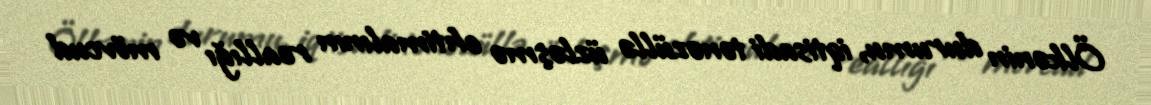
Ölkənin durumu, iqtisadi tənəzüllə üzləşmə ehtimalının reallığı və mövcud